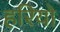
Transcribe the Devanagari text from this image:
हरियो